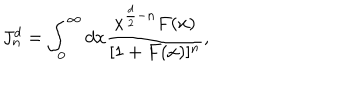
J _ { n } ^ { d } = \int _ { 0 } ^ { \infty } d x \frac { x ^ { \frac { d } { 2 } - n } F ( x ) } { [ 1 + F ( x ) ] ^ { n } } ,